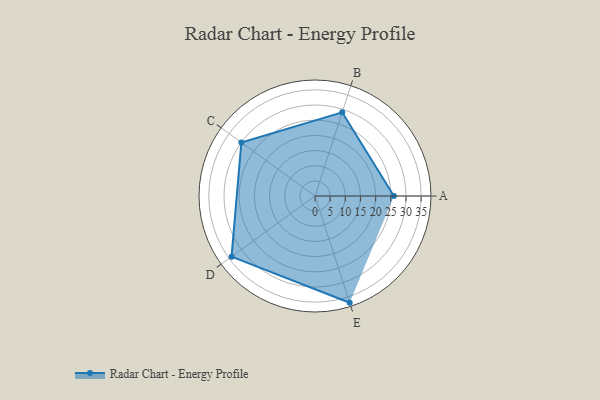
{"axis": {"x": "Skill", "y": "Score"}, "legend": ["Profile"], "data": [{"x": "A", "y": 26.0, "type": "Profile"}, {"x": "B", "y": 29.0, "type": "Profile"}, {"x": "C", "y": 30.0, "type": "Profile"}, {"x": "D", "y": 34.0, "type": "Profile"}, {"x": "E", "y": 37.0, "type": "Profile"}]}